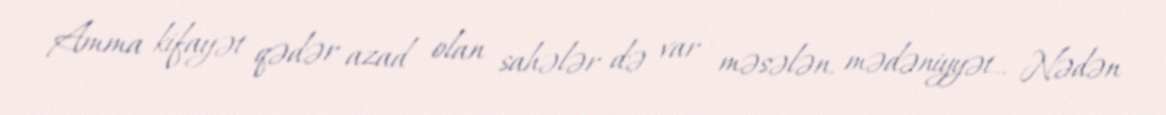
Amma kifayət qədər azad olan sahələr də var - məsələn, mədəniyyət... Nədən